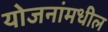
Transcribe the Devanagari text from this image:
योजनांमधील